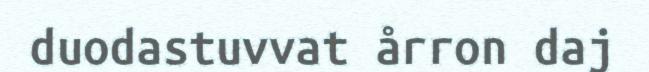
duodastuvvat årron daj